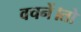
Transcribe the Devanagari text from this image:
वचनें।तो